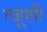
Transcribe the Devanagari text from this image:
त्जूशी